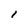
Character: l